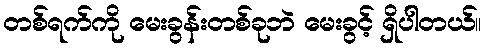
တစ်ရက်ကို မေးခွန်းတစ်ခုဘဲ မေးခွင့် ရှိပါတယ်။